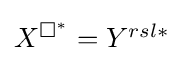
{\textstyle X^{\Box ^{\ast }}={Y^{rsl\ast }}}